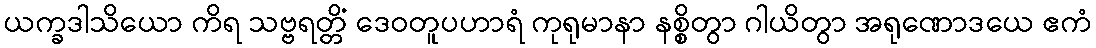
ယက္ခဒါသိယော ကိရ သဗ္ဗရတ္တိံ ဒေဝတူပဟာရံ ကုရုမာနာ နစ္စိတွာ ဂါယိတွာ အရုဏောဒယေ ဧကံ